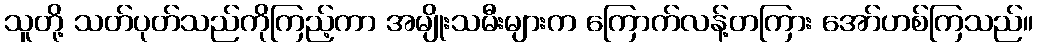
သူတို့ သတ်ပုတ်သည်ကိုကြည့်ကာ အမျိုးသမီးများက ကြောက်လန့်တကြား အော်ဟစ်ကြသည်။